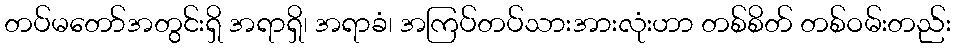
တပ်မတော်အတွင်းရှိ အရာရှိ၊ အရာခံ၊ အကြပ်တပ်သားအားလုံးဟာ တစ်စိတ် တစ်ဝမ်းတည်း